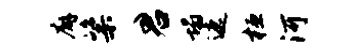
廨粢君塌遮桓河